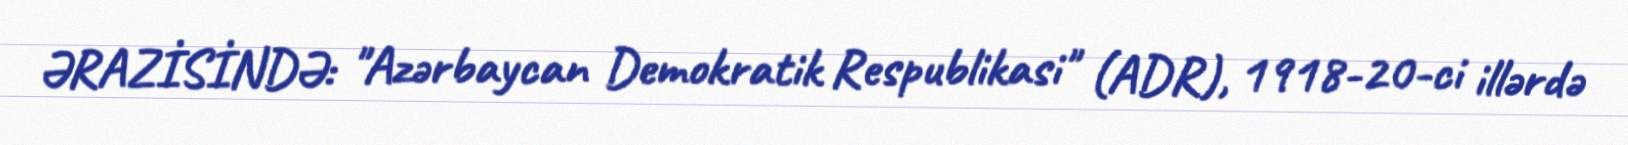
ƏRAZİSİNDƏ: "Azərbaycan Demokratik Respublikasi" (ADR), 1918-20-ci illərdə